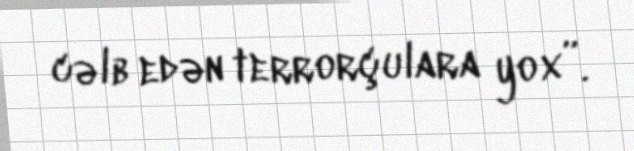
cəlb edən terrorçulara yox”.